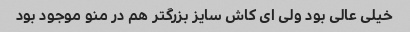
خیلی عالی بود ولی ای کاش سایز بزرگتر هم در منو موجود بود